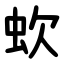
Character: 㰩